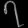
Digit: ၇